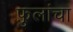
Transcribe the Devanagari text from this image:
फ़ुलांचा